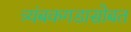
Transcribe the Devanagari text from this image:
त्र्यंबकगडासोबत